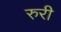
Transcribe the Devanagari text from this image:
रुरी